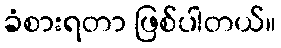
ခံစားရတာ ဖြစ်ပါတယ်။